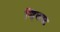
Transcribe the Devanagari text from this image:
व्हिलस्ट